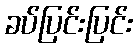
ခပ်ပြင်းပြင်း